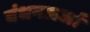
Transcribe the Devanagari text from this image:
बंधनऊर्जा